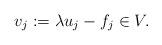
LaTeX: \begin{align*} v_{j}:=\lambda u_{j}-f_{j}\in V.\end{align*}